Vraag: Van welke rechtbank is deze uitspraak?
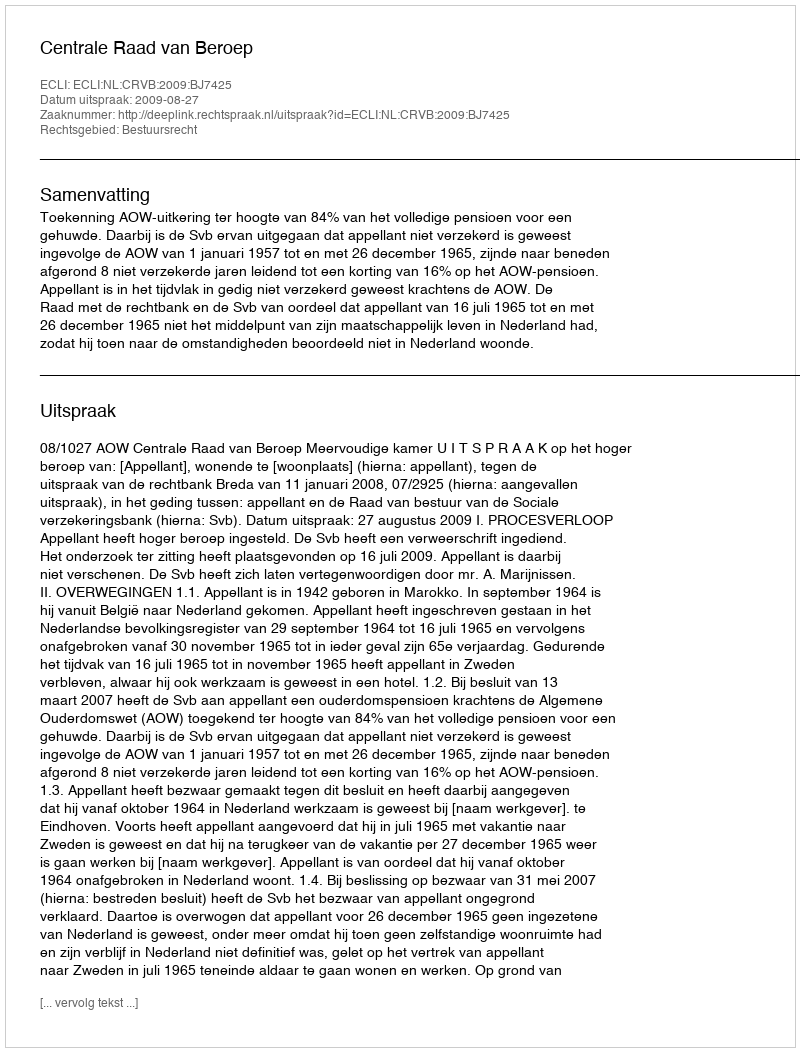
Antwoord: Centrale Raad van Beroep